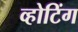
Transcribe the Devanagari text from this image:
व्होटिंग